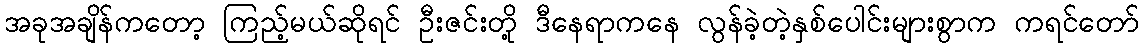
အခုအချိန်ကတော့ ကြည့်မယ်ဆိုရင် ဦးဇင်းတို့ ဒီနေရာကနေ လွန်ခဲ့တဲ့နှစ်ပေါင်းများစွာက ကရင်တော်